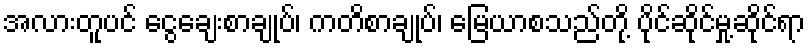
အလားတူပင် ငွေချေးစာချုပ်၊ ကတိစာချုပ်၊ မြေယာစသည်တို့ ပိုင်ဆိုင်မှု့ဆိုင်ရာ